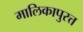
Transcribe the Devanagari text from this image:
मालिकापुरत्त